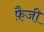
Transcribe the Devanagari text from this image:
फ़ैजी